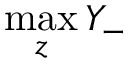
\operatorname* { m a x } _ { z } Y _ { - }